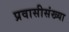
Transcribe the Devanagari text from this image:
प्रवासीसंख्या